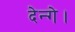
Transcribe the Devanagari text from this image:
देन्गे।